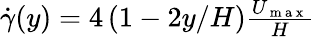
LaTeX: \begin{array}{r}{\dot{\gamma}(y)=4\left(1-2y/H\right)\frac{U_{\mathrm{~m~a~x~}}}{H}}\end{array}